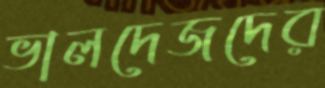
ভালদেজদের